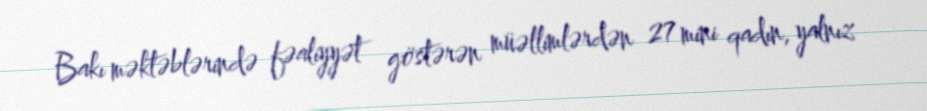
Bakı məktəblərində fəaliyyət göstərən müəllimlərdən 27 mini qadın, yalnız